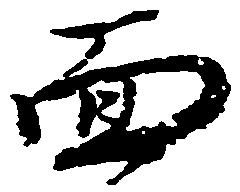
面